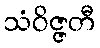
သံဝိဇ္ဇတီ